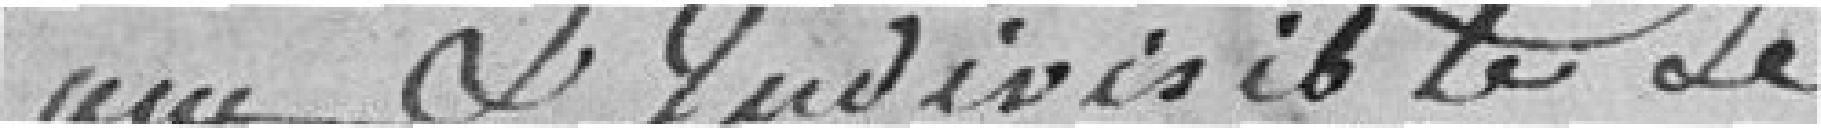
8 an & Indivisible Le